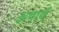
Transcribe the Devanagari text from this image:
अथार्थ